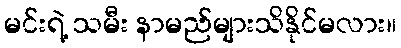
မင်းရဲ့ သမီး နာမည်များသိနိုင်မလား။